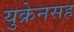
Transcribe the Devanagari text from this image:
युक्रेनसह